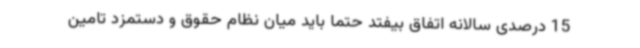
15 درصدی سالانه اتفاق بیفتد حتما باید میان نظام حقوق و دستمزد تامین